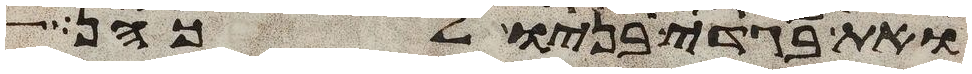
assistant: ואת בגדי בניו לכהן